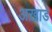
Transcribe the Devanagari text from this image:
अख़ाडे